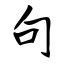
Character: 句